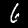
Digit: 6